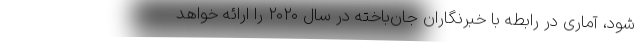
شود، آماری در رابطه با خبرنگاران جان‌باخته در سال ۲۰۲۰ را ارائه خواهد